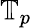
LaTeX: \mathbb{T}_{p}